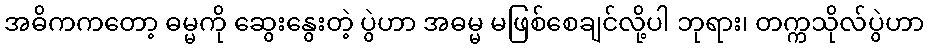
အဓိကကတော့ ဓမ္မကို ဆွေးနွေးတဲ့ ပွဲဟာ အဓမ္မ မဖြစ်စေချင်လို့ပါ ဘုရား၊ တက္ကသိုလ်ပွဲဟာ